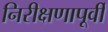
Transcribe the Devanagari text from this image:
निरीक्षणापूर्वी